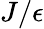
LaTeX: J/\epsilon